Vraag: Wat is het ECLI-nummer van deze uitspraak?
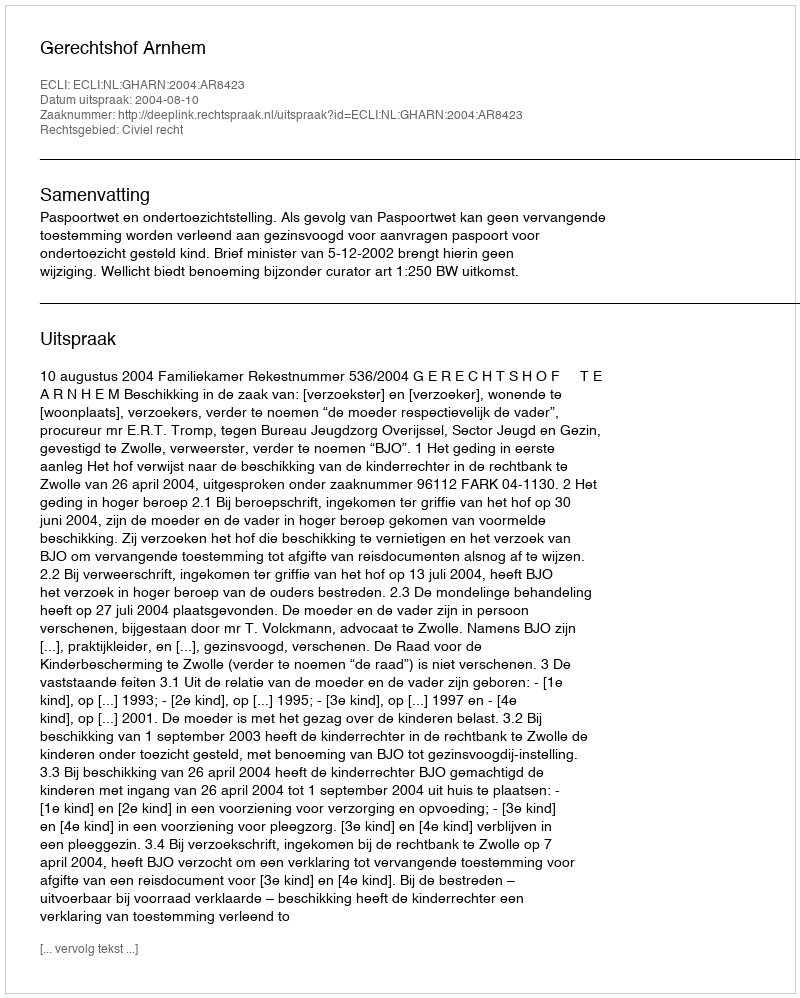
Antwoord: ECLI:NL:GHARN:2004:AR8423